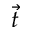
\overrightarrow { t }